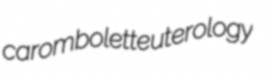
carombolette uterology